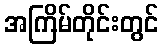
အကြိမ်တိုင်းတွင်